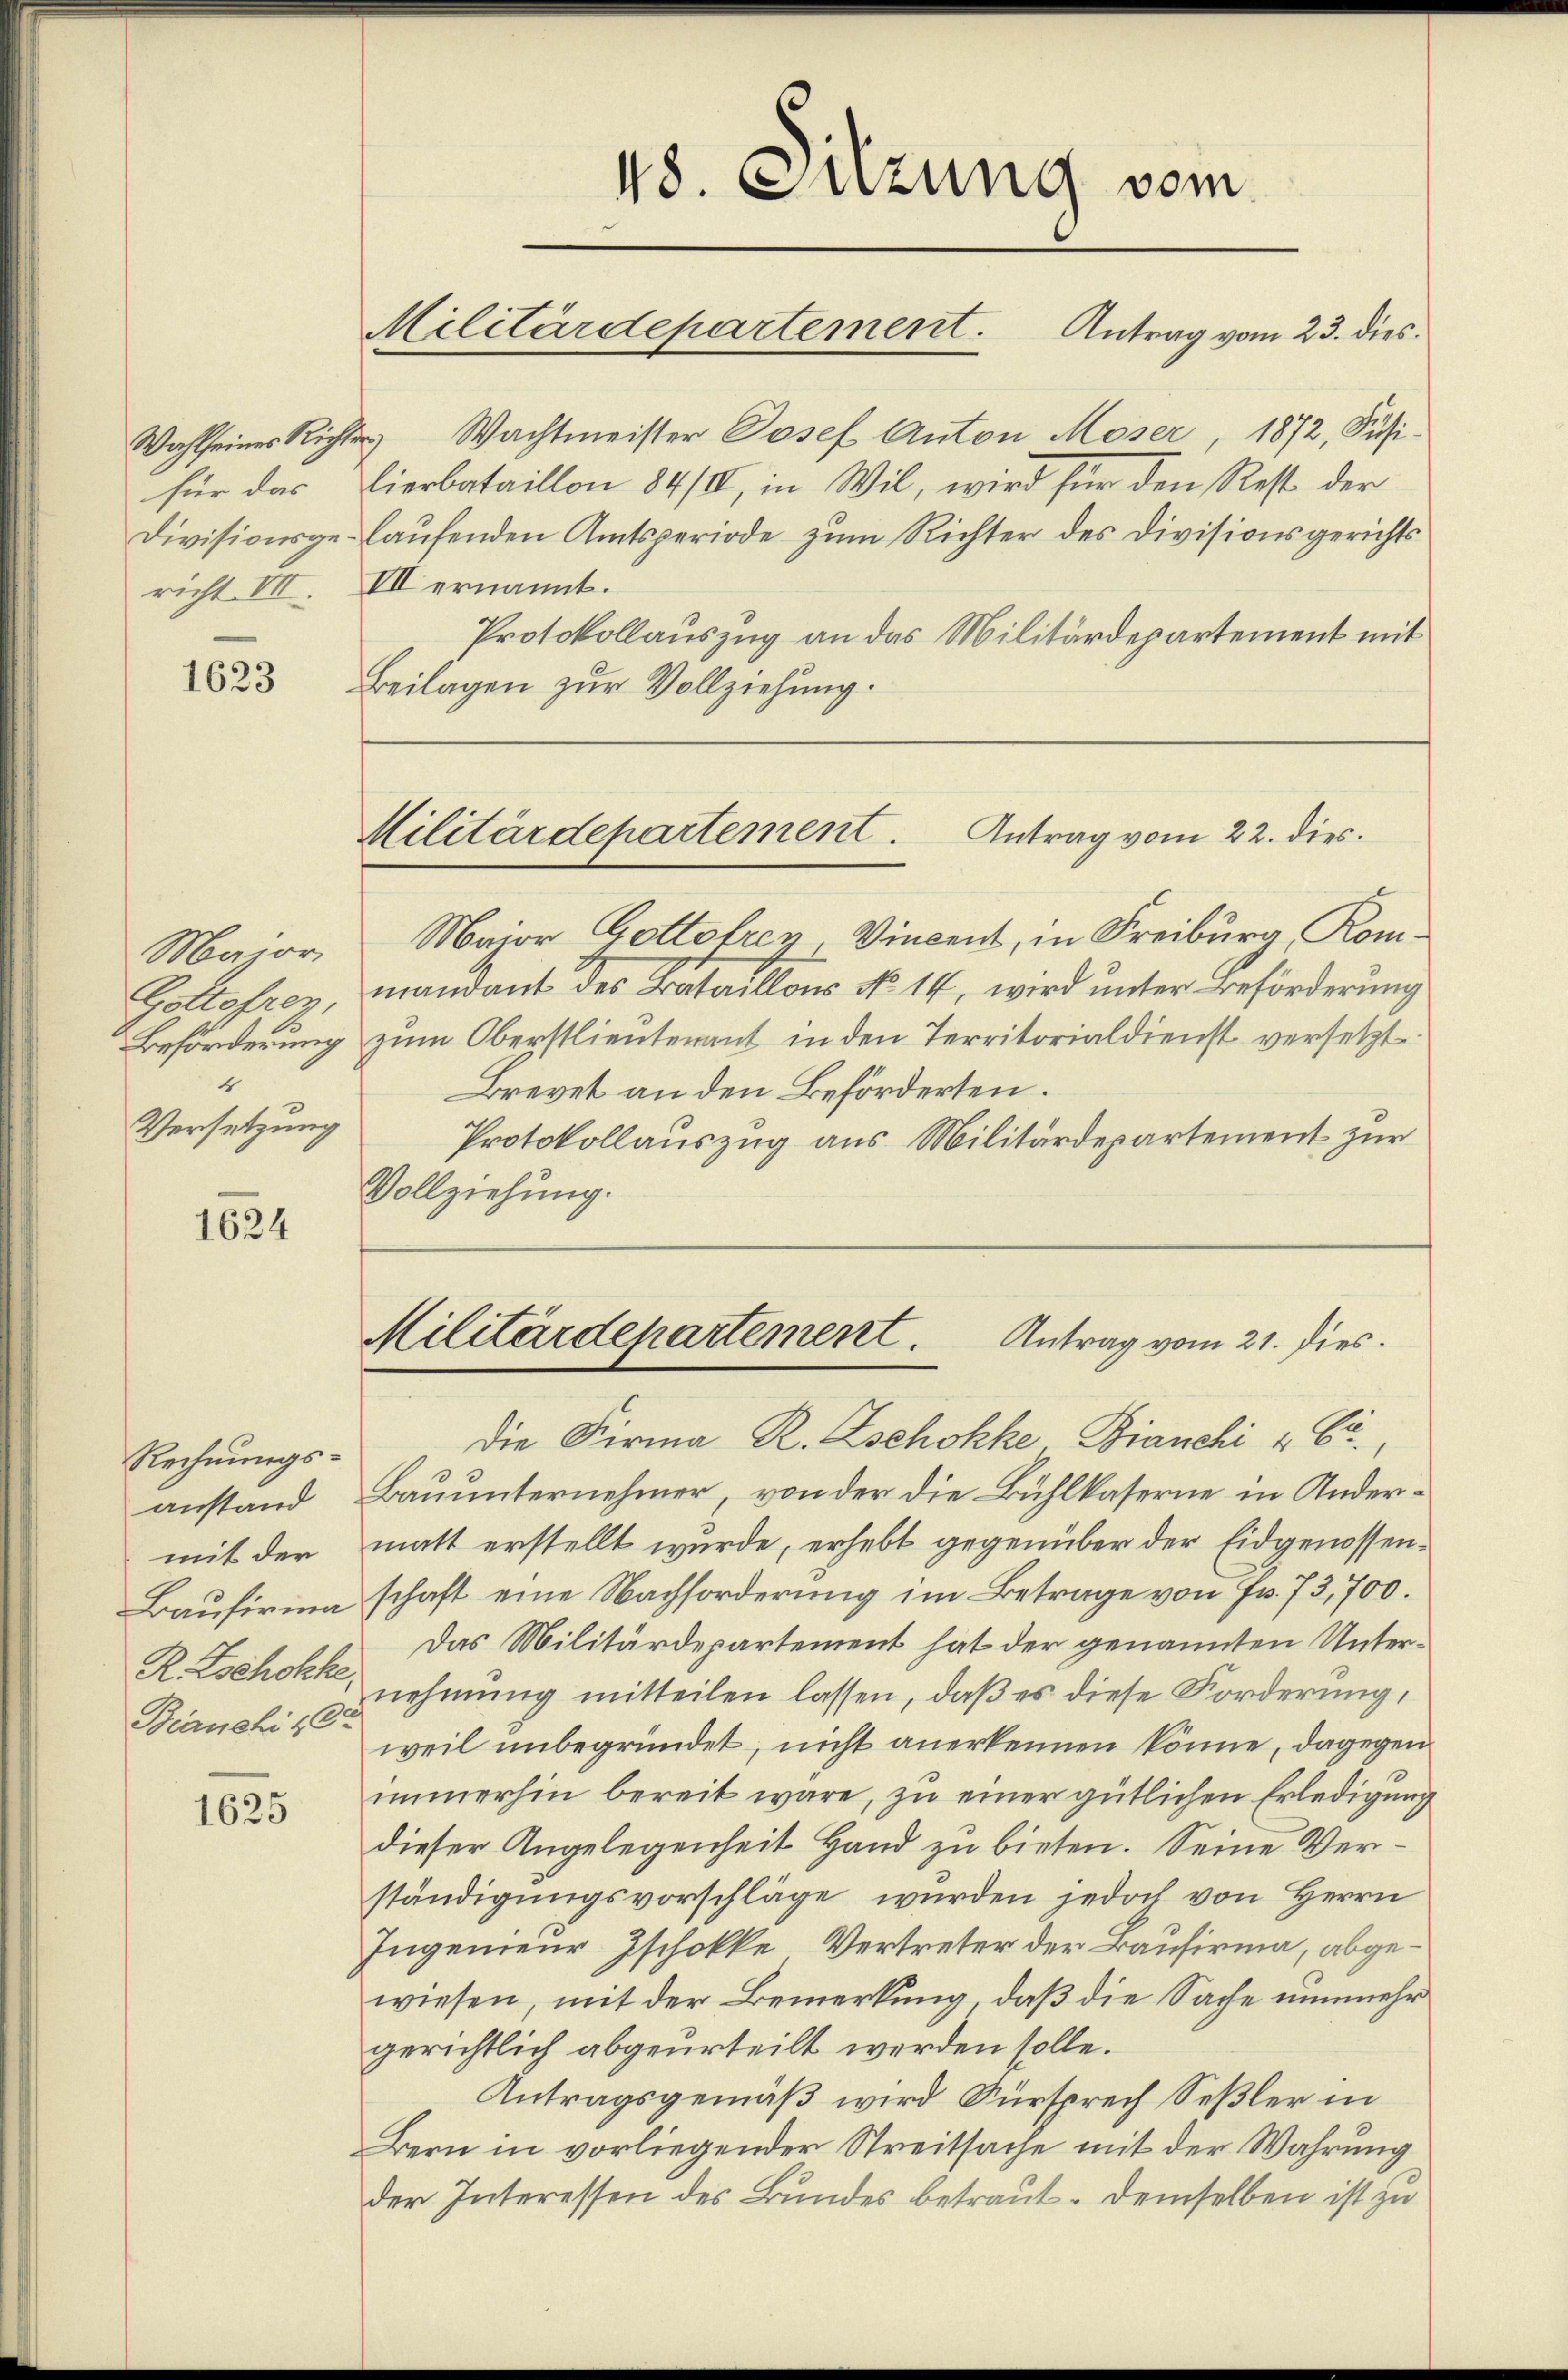
1623

Maior
Gottohren,
4
Versetzung

1624

Rechnungs-
anstand
mit der
Bianchi &

1625

Wahl seines Richter Wachtmeister Josef Anton Moser, 1872, Pusifür das Lierbataillon 84/II, in Wil, wird für den Rest der
Divisionsgelaufenden Amtsperiode zum Richter des Divisionsgerichts
richt III. VII ernannt.
Protokollauszug an das Militärdepartement mit
Beilagen zur Vollziehung.

48. Fuzung vom
Militärdepartement. Antrag vom 23. dies

Major Gottofrey, Vincent, in Freiburg, Kommandant des Bataillons No 14, wird unter Beförderung
Beförderung zum Oberstlieutenant in den Territorialdienst versetzt
Brevet an den Beförderten.
Protokollauszug aus Militärdepartement zur
Vollziehung.

Die Firma R. Zschokke Bianchi 4 C.,
Bauunternehmer, von der die Bühlkaserne in Andermatt erstellt wurde, erhebt gegenüber der Eidgenossen¬
Baufirma schaft eine Nachforderung im Betrage von Fr. 73,700.
Das Militärdepartement hat der genannten Unter¬
R. Zschokke nehmung mitteilen lassen, daß es diese Forderung,
weil unbegründet, nicht anerkennen könne, dagegen
immerhin bereit wäre, zu einer gütlichen Erledigung
dieser Angelegenheit Hand zu bieten. Seine Verständigungsvorschläge wurden jedoch von Herrn
Ingenieur Zschokke Vertreter der Baufirma, abgewiesen, mit der Bemerkung, daß die Sache nunmehr
gerichtlich abgeurteilt werden solle.
Antragsgemäß wird Fürsprech Seßler in
Bern in vorliegender Streitsache mit der Wahrung
der Interessen des Bundes betraut. Demselben ist zu

Militärdepartement. Antrag vom 22. dies

Militärdepartement.
Antrag vom 21. Dies.